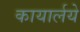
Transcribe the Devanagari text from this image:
कायार्लये